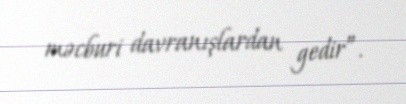
məcburi davranışlardan gedir”.